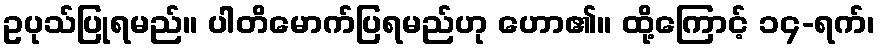
ဥပုသ်ပြုရမည်။ ပါတိမောက်ပြရမည်ဟု ဟော၏။ ထို့ကြောင့် ၁၄-ရက်၊